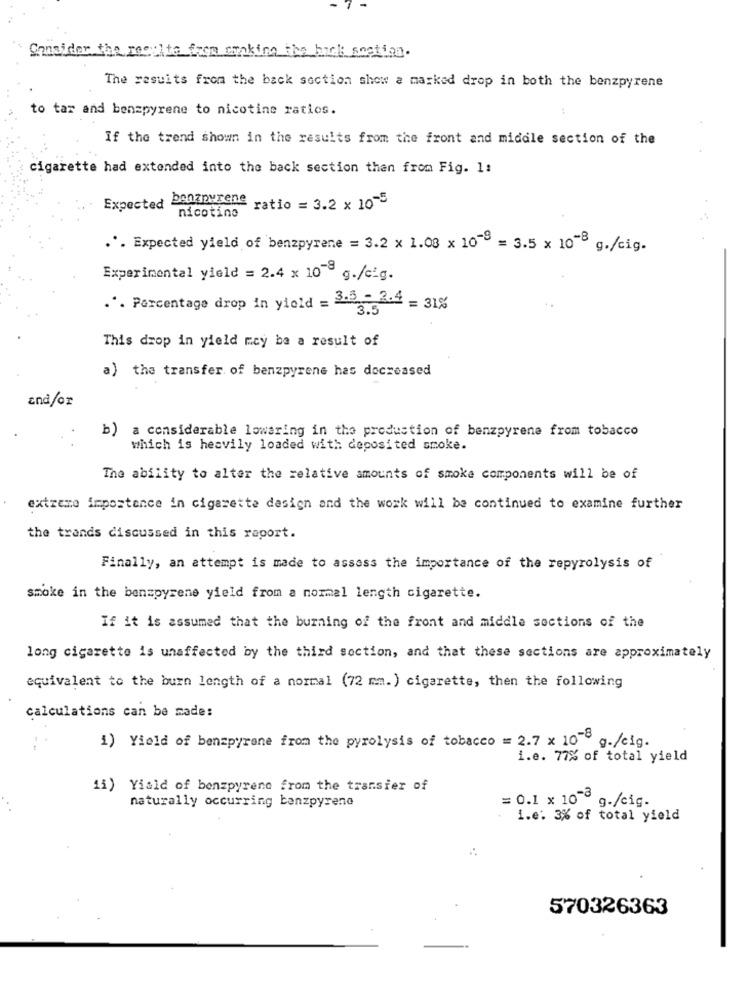
Consider the recilte frem emaking the hick sastian.
The results from the back section show a marked drop in both the benzpyrene
to tar and benzpyrene to nicotine ratios.
:
If the trend shown in the results from the front and middle section of the
cigarette had extended into the back section then from Fig. 1:
Expected Penzourene ratio = 3.2 x 10"
nicotine
.'. Expected yield of benzpyrene = 3.2 x 1.08 x 10" = 3.5 x 10- g./cig.
Experimental yield = 2.4 x 10-3 g./cig.
. . Percentage drop in yiold = 3.5 - 2.4 = 31%
This drop in yield mcy ba a result of
a) the transfer of benzpyrene has decreased
and/or
b) a considerable lowaring in the production of benzpyrene from tobacco
which is heavily loaded with deposited smoke.
The ability to alter the relative amounts of smoke components will be of
extreme impostence in cigarette design and the work will be continued to examine further
the trends discussed in this raport.
Finally, an attempt is made to assess the importance of the repyrolysis of
smoke in the benzpyrene yield from a normal length cigarette.
If it is assumed that the burning of the front and middle sections of the
long cigarette is unaffected by the third section, and that these sections are approximately
equivalent to the burn length of a normal (72 mm. ) cigarette, then the following
calculations can be made:
1) Yield of benzpyrene from the pyrolysis of tobacco == 2.7 x 10"0 g./cig.
i.e. 77% of total yield
11) Yiaid of benzpyrene from the transfer of
= 0.1 × 10 ℃ g./cig.
naturally occurring banzpyrene
i.e. 3% of total yield
570326363